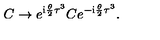
C \rightarrow e ^ { \mathrm { i } { \frac { \theta } { 2 } } \tau ^ { 3 } } C e ^ { - \mathrm { i } { \frac { \theta } { 2 } } \tau ^ { 3 } } .